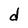
Character: d